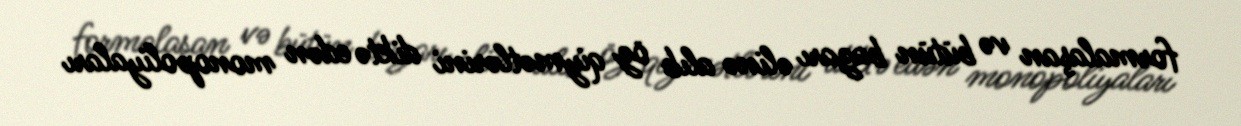
formalaşan və bütün bazarı əlinə alıb öz qiymətlərini diktə edən monopoliyaları